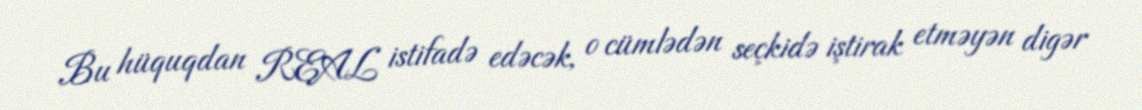
Bu hüquqdan REAL istifadə edəcək, o cümlədən seçkidə iştirak etməyən digər